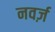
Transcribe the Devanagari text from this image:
नवर्ज़